Document type: Sale
Year: 1451
Scribe: [Unknown]
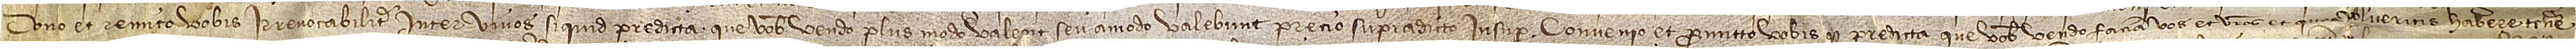
dono et remito vobis irrevocabiliter inter vivos si quid predicta que vobis vendo plus modo valent seu amodo valebunt precio supradicto. Insuper convenio et promitto vobis quod predicta que vobis vendo faciam vos et vestros et quos volueritis habere, tenere